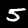
Digit: 5